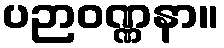
ပဉာဝဏ္ဏနာ။